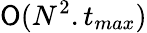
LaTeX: \mathsf{O}(N^{2}.t_{max})